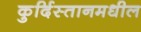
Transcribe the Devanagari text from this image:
कुर्दिस्तानमधील